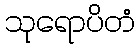
သုရောပိတံ